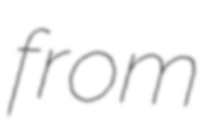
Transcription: from